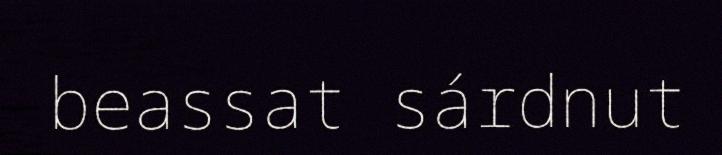
beassat sárdnut